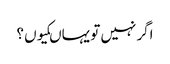
اگر نہیں تو یہاںکیوں ؟